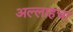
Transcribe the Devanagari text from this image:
अल्लाहचा